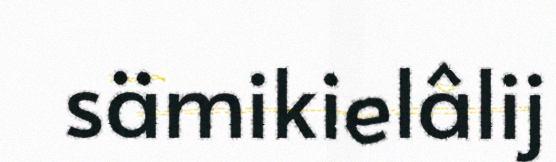
sämikielâlij